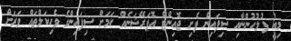
މިއީ ފުލުހުންނާއި ސިފައިން ފެށި ޖޮއިންޓް އޮޕަރޭޝަނެއް ކަމަށް ސިފައިންގެ ވެހިކަލްތައް ވަރަށް